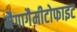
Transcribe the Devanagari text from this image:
मैगागैमीटोफाइट